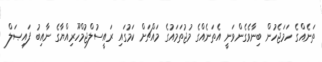
ތަނެއްގެ ހަމަޖެހުން ބިނާވެގެންވަނީ އެތަނެއްގެ މުޖުތަމައުގެ މައްޗަށް ކަމުގައި ރައީސުލްޖުމްހޫރިއްޔާގެ ނާއިބު ފައިޞަލް